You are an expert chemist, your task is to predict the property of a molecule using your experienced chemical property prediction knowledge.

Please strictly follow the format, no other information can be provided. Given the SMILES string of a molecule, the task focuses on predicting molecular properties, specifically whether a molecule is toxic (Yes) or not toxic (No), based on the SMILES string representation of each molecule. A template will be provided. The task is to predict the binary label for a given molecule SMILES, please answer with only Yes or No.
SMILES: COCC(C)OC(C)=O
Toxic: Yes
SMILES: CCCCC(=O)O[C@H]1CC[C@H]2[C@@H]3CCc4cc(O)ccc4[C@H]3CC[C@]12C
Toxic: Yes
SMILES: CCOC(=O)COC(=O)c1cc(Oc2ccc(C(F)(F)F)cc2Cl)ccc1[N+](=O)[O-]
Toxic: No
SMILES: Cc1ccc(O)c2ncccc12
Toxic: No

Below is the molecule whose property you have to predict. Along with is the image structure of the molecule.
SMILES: OB(O)O
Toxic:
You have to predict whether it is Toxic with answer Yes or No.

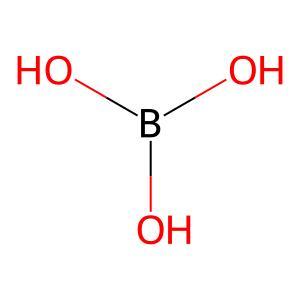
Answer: No